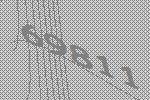
69811